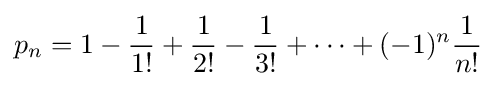
p_{n}=1-{\frac {1}{1!}}+{\frac {1}{2!}}-{\frac {1}{3!}}+\cdots +(-1)^{n}{\frac {1}{n!}}